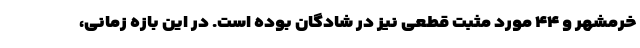
خرمشهر و ۴۴ مورد مثبت قطعی نیز در شادگان بوده است. در این بازه زمانی،